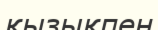
қызықпен